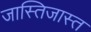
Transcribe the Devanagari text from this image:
जास्तिजास्त